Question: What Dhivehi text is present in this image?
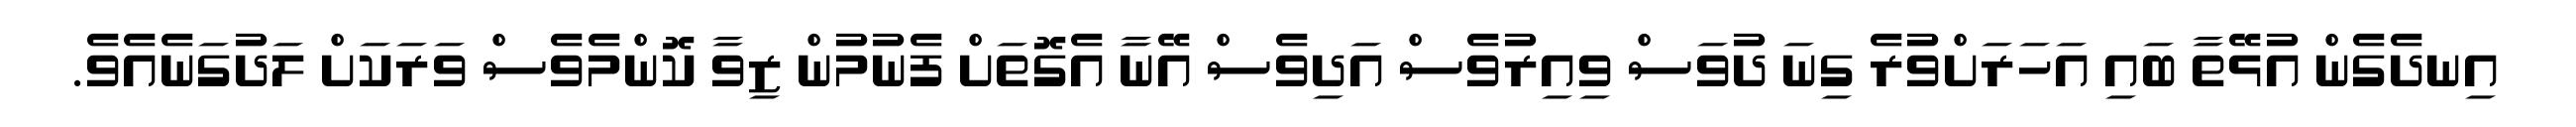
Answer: އިނދެގެން އުޅޭތާ ބައި އަހަރަށްވުރެ ގިނަ ދުވަސް ވިއިރުވެސް އަދިވެސް އޭނާ އެގޮތަށް ފެނުމުން ޒިވާ ކޮންމެވެސް ވަރަކަށް ލަދުގަނެއެވެ.